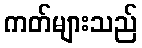
ကတ်များသည်